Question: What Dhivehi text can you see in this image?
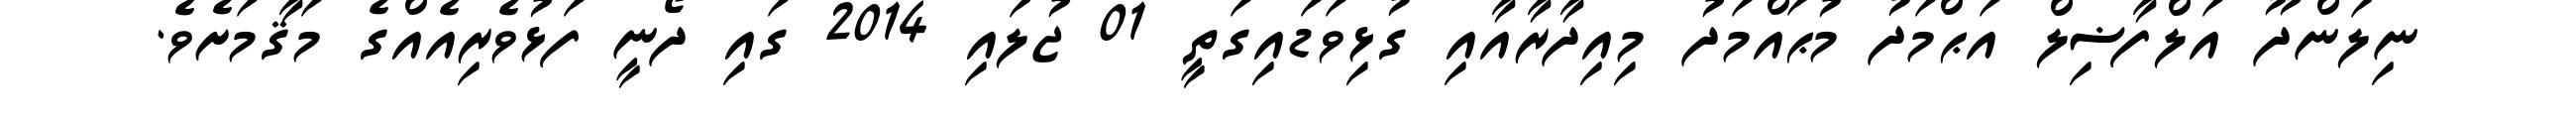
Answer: ނިލަންދޫ އަލްފާޟިލް އަޙްމަދު މުޙައްމަދު މިއިދާރާއާއި ގުޅިވަޑައިގަތީ 01 ޖުލައި 2014 ގައި ދޯނީ ފަޅުވެރިއެއްގެ މަޤާމަށެވެ.